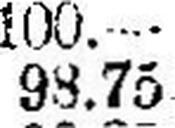
98.75